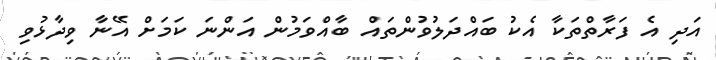
އަދި އެ ފަރާތްތަކާ އެކު ބައްދަލުވުންތައް ބާއްވަމުން އަންނަ ކަމަށް އޭނާ ވިދާޅުވި